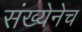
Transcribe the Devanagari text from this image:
संख्येनेच